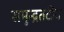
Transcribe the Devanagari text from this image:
समुन्द्रतटीय